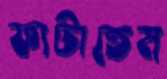
ফাটাতেম